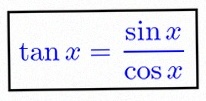
\tan x=\frac{\sin x}{\cos x}